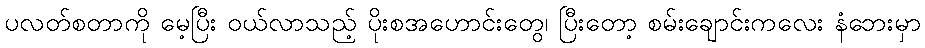
ပလတ်စတာကို မေ့ပြီး ဝယ်လာသည့် ပိုးစအဟောင်းတွေ၊ ပြီးတော့ စမ်းချောင်းကလေး နံဘေးမှာ